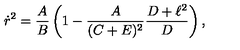
\dot { r } ^ { 2 } = { \frac { A } { B } } \left( 1 - { \frac { A } { ( C + E ) ^ { 2 } } } { \frac { D + \ell ^ { 2 } } { D } } \right) ,